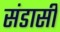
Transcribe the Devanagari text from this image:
संडासी